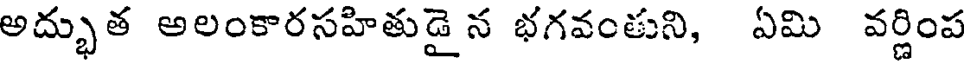
అద్భుత అలంకారసహితుడై న భగవంతుని, ఏమి వర్ణింప